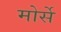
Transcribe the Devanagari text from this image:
मोर्से